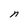
Character: n